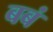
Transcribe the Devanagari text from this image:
बबं